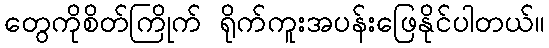
တွေကိုစိတ်ကြိုက် ရိုက်ကူးအပန်းဖြေနိုင်ပါတယ်။